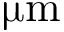
\upmu \mathrm { m }